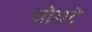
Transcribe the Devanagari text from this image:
चोयटे